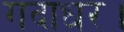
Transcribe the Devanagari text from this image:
गदाधर।